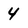
Character: 4